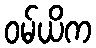
ဝမ်ယိက